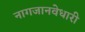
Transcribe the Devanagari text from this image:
नागजानवेधारी